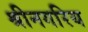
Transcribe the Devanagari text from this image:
श्रीनगरिय